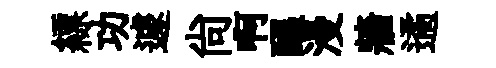
縹功遽尙啊醖漫牆遹